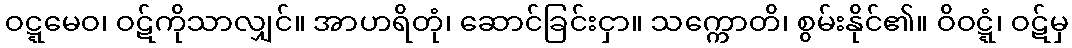
ဝဋ္ဋမေဝ၊ ဝဋ်ကိုသာလျှင်။ အာဟရိတုံ၊ ဆောင်ခြင်းငှာ။ သက္ကောတိ၊ စွမ်းနိုင်၏။ ဝိဝဋ္ဋံ၊ ဝဋ်မှ